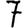
Digit: 7